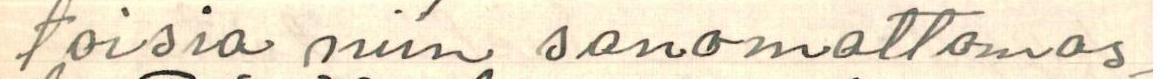
toisia niin sanomattomas-